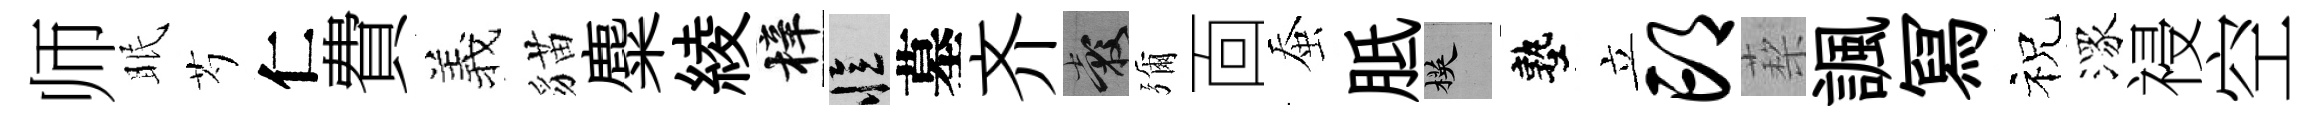
师眠芍仁費羲貓麋綾梓忆墓齐穀彌靣蚕胝楧塾立邙蔾諷冩祝潈祲空